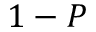
1 - P